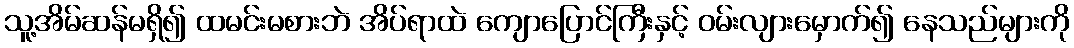
သူ့အိမ်ဆန်မရှိ၍ ထမင်းမစားဘဲ အိပ်ရာထဲ ကျောပြောင်ကြီးနှင့် ဝမ်းလျားမှောက်၍ နေသည်များကို